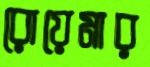
রোয়েমার